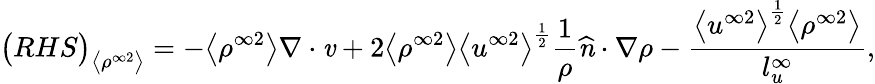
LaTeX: \big(RHS\big)_{\big<\rho^{\infty 2}\big>}=-\big<\rho^{\infty 2}\big>\mathbf{\nabla}\cdot\textbf{\emph{v}}+2\big<\rho^{\infty 2}\big>\big<u^{\infty 2}\big>^{\frac{1}{2}}\frac{1}{\rho}\textbf{\emph{\^ n}}\cdot\mathbf{\nabla}\rho-\frac{\big<u^{\infty 2}\big>^{\frac{1}{2}}\big<\rho^{\infty 2}\big>}{l_{u}^{\infty}},